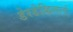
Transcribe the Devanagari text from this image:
डेरडेव्हिल्सचे